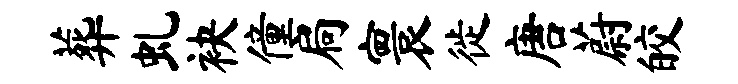
葬虬袂僮扃寰徙唐蔚皎